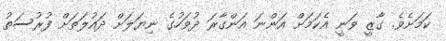
ކަމަށެވެ. ގާޒީ ވަނީ އެކަމަށް އަންނަ އަންގާރަ ދުވަހުގެ ނިޔަލަށް ދައުލަތަށް ފުރުސަތު